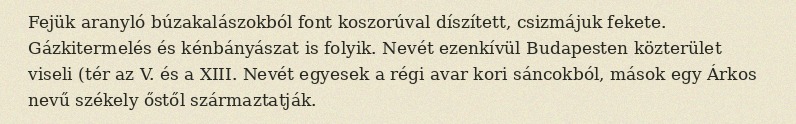
Fejük aranyló búzakalászokból font koszorúval díszített, csizmájuk fekete. Gázkitermelés és kénbányászat is folyik. Nevét ezenkívül Budapesten közterület viseli (tér az V. és a XIII. Nevét egyesek a régi avar kori sáncokból, mások egy Árkos nevű székely őstől származtatják.